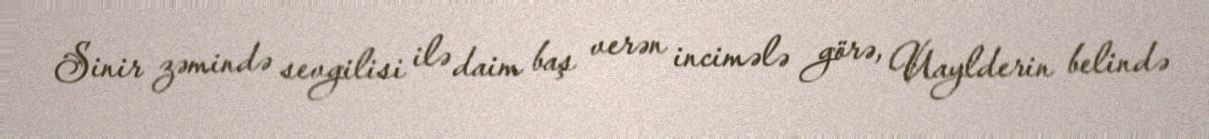
Sinir zəmində sevgilisi ilə daim baş verən incimələ görə, Uaylderin belində